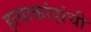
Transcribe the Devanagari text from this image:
हत्याकांडांची